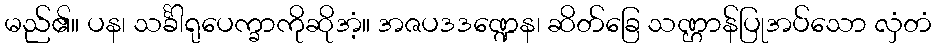
မည်၏။ ပန၊ သင်္ခါရုပေက္ခာကိုဆိုအံ့။ အဇပဒဒဏ္ဍေန၊ ဆိတ်ခြေ သဏ္ဌာန်ပြုအပ်သော လှံတံ